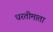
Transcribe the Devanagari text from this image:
धरतीमाता